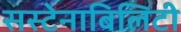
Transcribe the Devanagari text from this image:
सस्टेनाबिलिटी